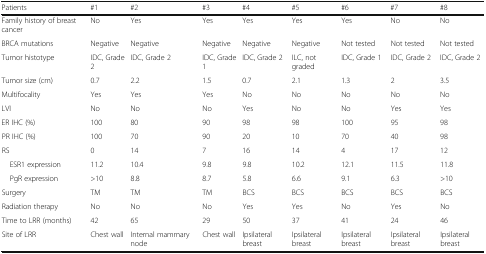
<table><thead><tr><td><b>Patients</b></td><td><b>#1</b></td><td><b>#2</b></td><td><b>#3</b></td><td><b>#4</b></td><td><b>#5</b></td><td><b>#6</b></td><td><b>#7</b></td><td><b>#8</b></td></tr></thead><tbody><tr><td>Family history of breast cancer</td><td>No</td><td>Yes</td><td>Yes</td><td>Yes</td><td>Yes</td><td>Yes</td><td>No</td><td>No</td></tr><tr><td>BRCA mutations</td><td>Negative</td><td>Negative</td><td>Negative</td><td>Negative</td><td>Negative</td><td>Not tested</td><td>Not tested</td><td>Not tested</td></tr><tr><td>Tumor histotype</td><td>IDC, Grade 2</td><td>IDC, Grade 2</td><td>IDC, Grade 1</td><td>IDC, Grade 2</td><td>ILC, not graded</td><td>IDC, Grade 1</td><td>IDC, Grade 2</td><td>IDC, Grade 2</td></tr><tr><td>Tumor size (cm)</td><td>0.7</td><td>2.2</td><td>1.5</td><td>0.7</td><td>2.1</td><td>1.3</td><td>2</td><td>3.5</td></tr><tr><td>Multifocality</td><td>Yes</td><td>Yes</td><td>Yes</td><td>No</td><td>No</td><td>No</td><td>No</td><td>No</td></tr><tr><td>LVI</td><td>No</td><td>No</td><td>No</td><td>Yes</td><td>No</td><td>No</td><td>Yes</td><td>Yes</td></tr><tr><td>ER IHC (%)</td><td>100</td><td>80</td><td>90</td><td>98</td><td>98</td><td>100</td><td>95</td><td>98</td></tr><tr><td>PR IHC (%)</td><td>100</td><td>70</td><td>90</td><td>20</td><td>10</td><td>70</td><td>40</td><td>98</td></tr><tr><td>RS</td><td>0</td><td>14</td><td>7</td><td>16</td><td>14</td><td>4</td><td>17</td><td>12</td></tr><tr><td> ESR1 expression</td><td>11.2</td><td>10.4</td><td>9.8</td><td>9.8</td><td>10.2</td><td>12.1</td><td>11.5</td><td>11.8</td></tr><tr><td> PgR expression</td><td>&gt;10</td><td>8.8</td><td>8.7</td><td>5.8</td><td>6.6</td><td>9.1</td><td>6.3</td><td>&gt;10</td></tr><tr><td>Surgery</td><td>TM</td><td>TM</td><td>TM</td><td>BCS</td><td>BCS</td><td>BCS</td><td>BCS</td><td>BCS</td></tr><tr><td>Radiation therapy</td><td>No</td><td>No</td><td>No</td><td>Yes</td><td>Yes</td><td>No</td><td>Yes</td><td>No</td></tr><tr><td>Time to LRR (months)</td><td>42</td><td>65</td><td>29</td><td>50</td><td>37</td><td>41</td><td>24</td><td>46</td></tr><tr><td>Site of LRR</td><td>Chest wall</td><td>Internal mammary node</td><td>Chest wall</td><td>Ipsilateral breast</td><td>Ipsilateral breast</td><td>Ipsilateral breast</td><td>Ipsilateral breast</td><td>Ipsilateral breast</td></tr></tbody></table>